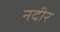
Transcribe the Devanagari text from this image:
नदीर